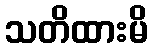
သတိထားမိ